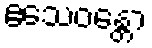
ဧသေဝန္တော